Vaccination Hyderabad 1872-1889 - 1872-1889
Year: 1872
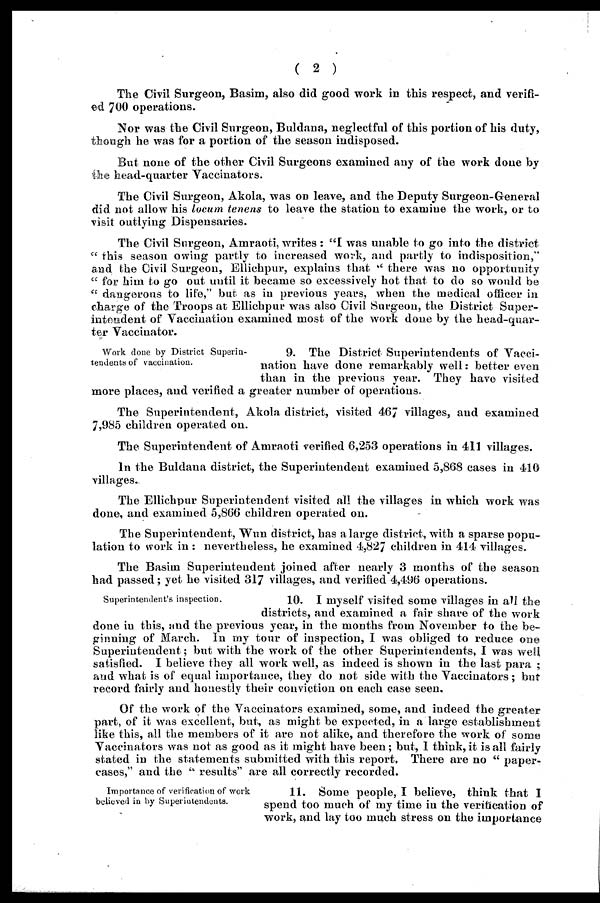
( 2 )
The Civil Surgeon, Basim, also did good work in this respect, and verifi-
ed 700 operations.
Nor was the Civil Surgeon, Buldana, neglectful of this portion of his duty,
though he was for a portion of the season indisposed.
But none of the other Civil Surgeons examined any of the work done by
the head-quarter Vaccinators.
The Civil Surgeon, Akola, was on leave, and the Deputy Surgeon-General
did not allow his locum tenens to leave the station to examine the work, or to
visit outlying Dispensaries.
The Civil Surgeon, Amraoti, writes: "I was unable to go into the district
" this season owing partly to increased work, and partly to indisposition,"
and the Civil Surgeon, Ellichpur, explains that " there was no opportunity
" for him to go out until it became so excessively hot that to do so would be
" dangerous to life," but as in previous years, when the medical officer in
charge of the Troops at Ellichpur was also Civil Surgeon, the District Super-
intendent of Vaccination examined most of the work done by the head-quar-
ter Vaccinator.
Work done by District Superin-
tendents of vaccination.
9. The District Superintendents of Vacci-
nation have done remarkably well: better even
than in the previous year. They have visited
more places, and verified a greater number of operations.
The Superintendent, Akola district, visited 467 villages, and examined
7,985 children operated on.
The Superintendent of Amraoti verified 6,253 operations in 411 villages.
In the Buldana district, the Superintendent examined 5,868 cases in 410
villages.
The Ellichpur Superintendent visited all the villages in which work was
done, and examined 5,866 children operated on.
The Superintendent, Wun district, has a large district, with a sparse popu-
lation to work in : nevertheless, he examined 4,827 children in 414 villages.
The Basim Superintendent joined after nearly 3 months of the season
had passed; yet he visited 317 villages, and verified 4,496 operations.
Superintendent's inspection.
10. I myself visited some villages in all the
districts, and examined a fair share of the work
done in this, and the previous year, in the months from November to the be-
ginning of March. In my tour of inspection, I was obliged to reduce one
Superintendent; but with the work of the other Superintendents, I was well
satisfied. I believe they all work well, as indeed is shown in the last para ;
and what is of equal importance, they do not side with the Vaccinators; but
record fairly and honestly their conviction on each case seen.
Of the work of the Vaccinators examined, some, and indeed the greater
part, of it was excellent, but, as might be expected, in a large establishment
like this, all the members of it are not alike, and therefore the work of some
Vaccinators was not as good as it might have been; but, I think, it is all fairly
stated in the statements submitted with this report, There are no " paper-
cases," and the " results" are all correctly recorded.
Importance of verification of work
believed in by Superintendents.
11. Some people, I believe, think that I
spend too much of my time in the verification of
work, and lay too much stress on the importance